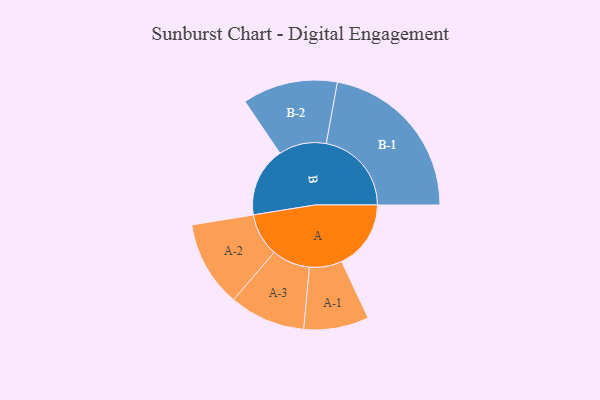
{"axis": {"x": "Segment", "y": "Value"}, "legend": ["", "A", "B"], "data": [{"x": "A", "y": 226, "type": ""}, {"x": "B", "y": 227, "type": ""}, {"x": "A-1", "y": 106, "type": "A"}, {"x": "A-2", "y": 140, "type": "A"}, {"x": "A-3", "y": 124, "type": "A"}, {"x": "B-1", "y": 278, "type": "B"}, {"x": "B-2", "y": 155, "type": "B"}]}